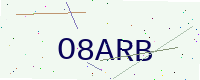
Text: O8ARB